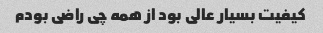
کیفیت بسیار عالی بود از همه چی راضی بودم